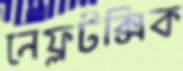
নেফ্রটক্সিক